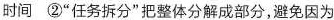
时间②”任务拆分”把整体分解成部分，避免因为